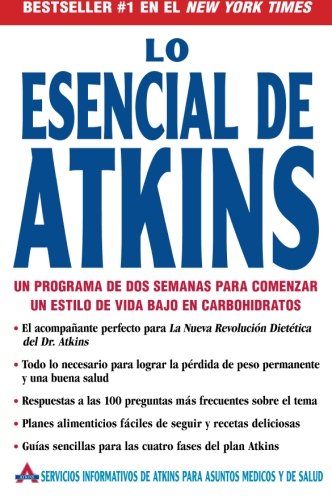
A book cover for Lo Esencial de Atkins: Un programa de dos semanas para comenzar un estilo de vida bajo en carbohidratos (Spanish Edition); Atkins Health & Medical Information Serv; Health, Fitness & Dieting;